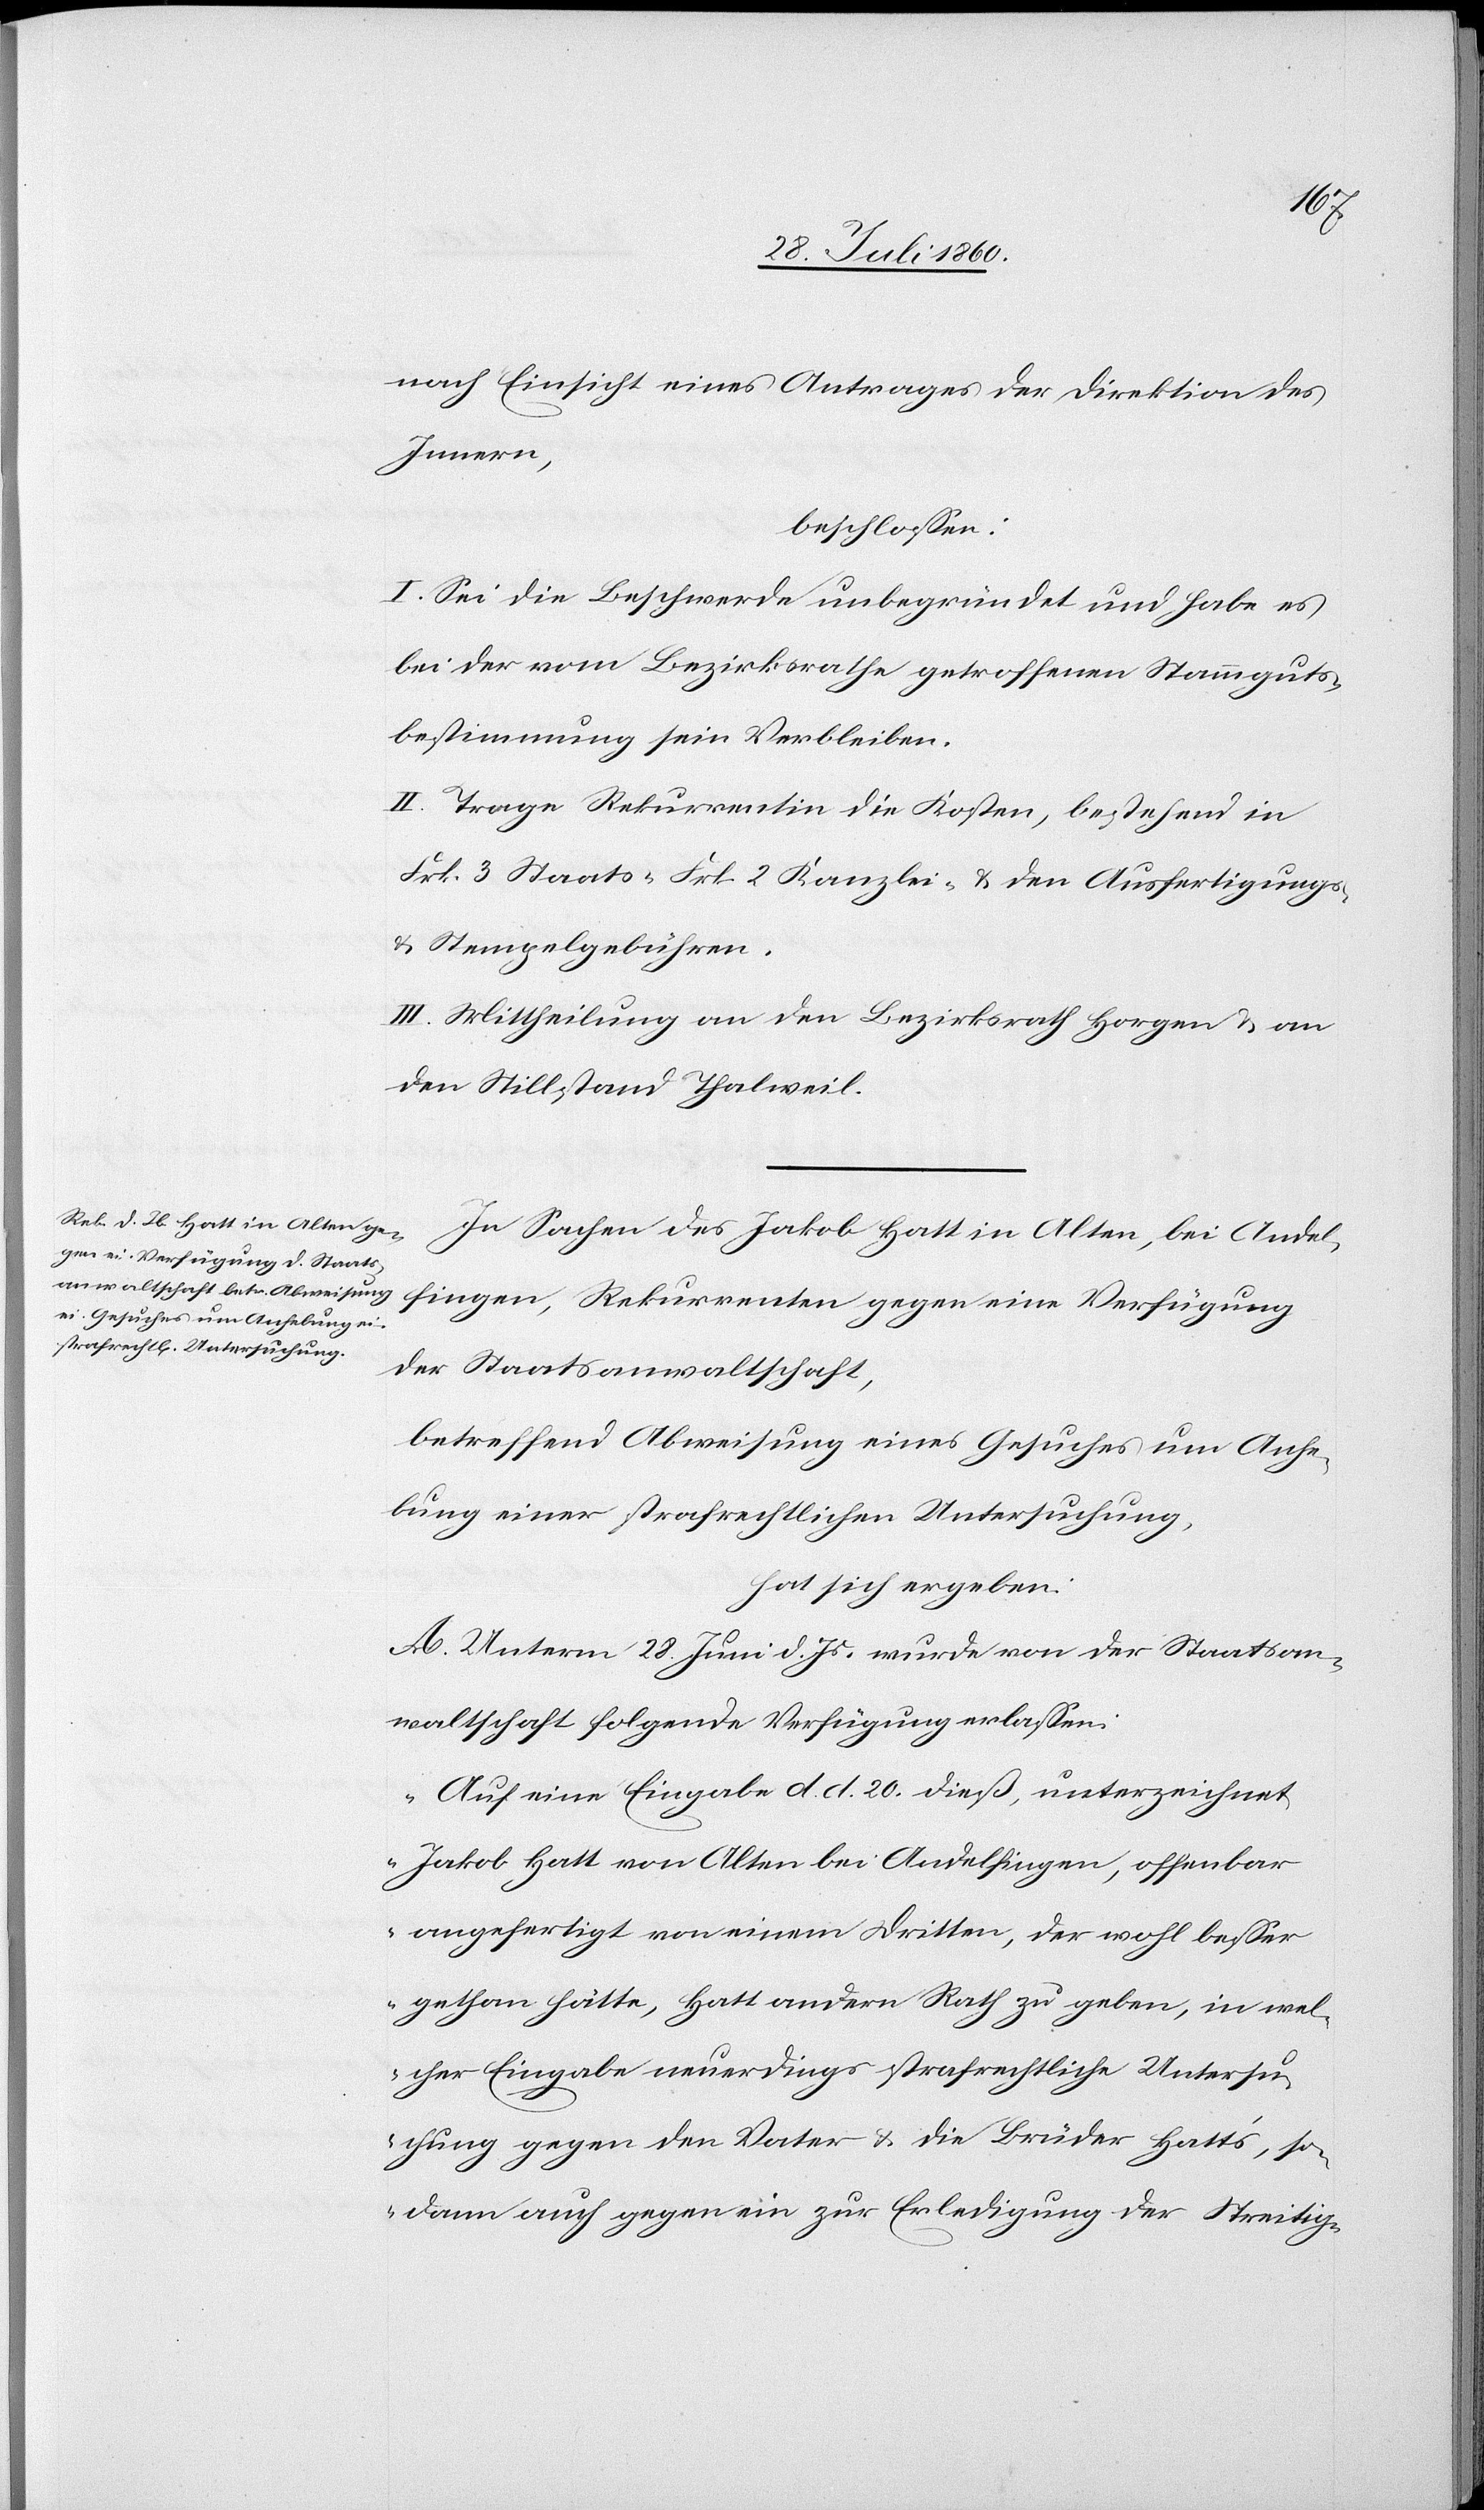
nach Einsicht eines Antrages der Direktion des
Innern,
beschlossen:
I. Sei die Beschwerde unbegründet und habe es
bei der vom Bezirksrathe getroffenen Stammguts¬
bestimmung sein Verbleiben.
II. Trage Rekurrentin die Kosten, bestehend in
fcs. 3 Staats- fcs 2 Kanzlei- nebst den Ausfertigungs-
u. Stempelgebühren.
III. Mittheilung an den Bezirksrath Horgen und an
den Stillstand Thalweil.
In Sachen des Jakob Hatt in Alten bei Andel¬
fingen, Rekurrenten gegen eine Verfügung
der Staatsanwaltschaft,
betreffend Abweisung eines Gesuches um Anhe¬
bung einer strafrechtlichen Untersuchung,
hat sich ergeben:
A. Unterm 28. Juni d. Js. wurde von der Staatsan¬
waltschaft folgende Verfügung erlassen:
„Auf eine Eingabe, d. d. 20. diess, unterzeichnet
Jakob Hatt von Alten bei Andelfingen, offenbar
angefertigt von einem Dritten, der wohl besser
gethan hätte, Hatt andern Rath zu geben, in wel¬
cher Eingabe neuerdings strafrechtliche Untersu¬
chung gegen den Vater u. die Brüder Hatts, so¬
dann auch gegen ein zur Erledigung der Strei-